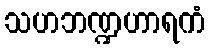
သဟဘဏ္ဍဟာရကံ